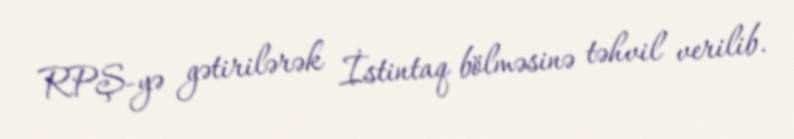
RPŞ-yə gətirilərək İstintaq bölməsinə təhvil verilib.